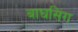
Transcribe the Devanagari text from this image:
बाघसिंग